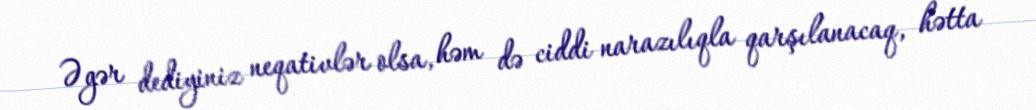
Əgər dediyiniz neqativlər olsa, həm də ciddi narazılıqla qarşılanacaq, hətta